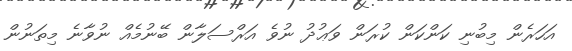
އަހަރެން މިބުނި ކަންކަން ކުރަން ވަޢުދު ނުވެ އަރްސަލާން ބޭނުމެއް ނުވާނެ މިތަނުން